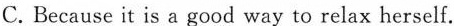
C. Because it is a good way to relax herself.